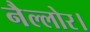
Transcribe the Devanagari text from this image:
नैल्‍लोर।